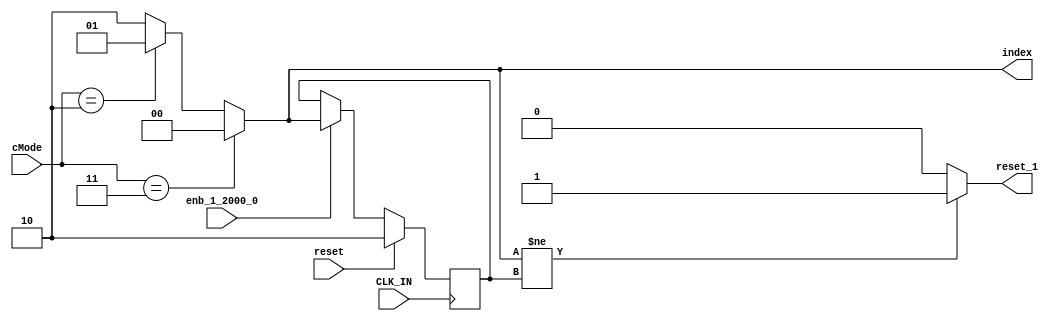
module controllerHdl_MATLAB_Function_block2
          (
           CLK_IN,
           reset,
           enb_1_2000_0,
           cMode,
           index,
           reset_1
          );


  input   CLK_IN;
  input   reset;
  input   enb_1_2000_0;
  input   [1:0] cMode;  // ufix2
  output  [1:0] index;  // ufix2
  output  reset_1;

  parameter [1:0] controllerModeEnum_VelocityControl = 2;  // ufix2
  parameter [1:0] controllerModeEnum_OpenLoopVelocityControl = 3;  // ufix2

  reg [1:0] index_1;  // ufix2
  reg  reset_2;
  reg [1:0] index_n1;  // ufix2
  reg [1:0] index_n1_next;  // ufix2
  reg [1:0] index_2;  // ufix2


  always @(posedge CLK_IN)
    begin : MATLAB_Function_process
      if (reset == 1'b1) begin
        index_n1 <= 2'b10;
      end
      else if (enb_1_2000_0) begin
        index_n1 <= index_n1_next;
      end
    end

  always @(cMode, index_n1) begin
    //MATLAB Function 'Field_Oriented_Control/MATLAB Function': '<S14>:1'
    //.
    if (cMode == controllerModeEnum_OpenLoopVelocityControl) begin
      //'<S14>:1:17'
      index_2 = 2'b00;
    end
    else if (cMode == controllerModeEnum_VelocityControl) begin
      //'<S14>:1:19'
      index_2 = 2'b01;
    end
    else begin
      //'<S14>:1:21'
      index_2 = 2'b10;
    end
    if (index_2 != index_n1) begin
      //'<S14>:1:25'
      reset_2 = 1'b1;
    end
    else begin
      //'<S14>:1:27'
      reset_2 = 1'b0;
    end
    //'<S14>:1:29'
    index_n1_next = index_2;
    index_1 = index_2;
  end



  assign index = index_1;

  assign reset_1 = reset_2;

endmodule